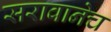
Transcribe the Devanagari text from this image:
सरावानेच